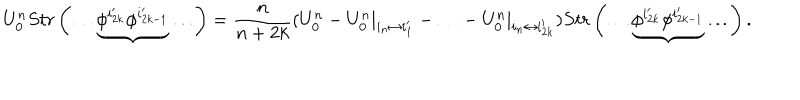
LaTeX: U _ { 0 } ^ { n } S t r \left( \ldots \underbrace { \phi ^ { i _ { 2 k } ^ { \prime } } \phi ^ { i _ { 2 k - 1 } ^ { \prime } } } \ldots \right) = \frac { n } { n + 2 k } ( U _ { 0 } ^ { n } - U _ { 0 } ^ { n } | _ { i _ { n } \leftrightarrow i _ { 1 } ^ { \prime } } - \ldots - U _ { 0 } ^ { n } | _ { i _ { n } \leftrightarrow i _ { 2 k } ^ { \prime } } ) S t r \left( \ldots \underbrace { \phi ^ { i _ { 2 k } ^ { \prime } } \phi ^ { i _ { 2 k - 1 } ^ { \prime } } } \ldots \right) .